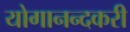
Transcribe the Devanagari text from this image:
योगानन्दकरी